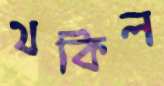
থকিল